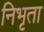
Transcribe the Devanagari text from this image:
निभृता